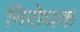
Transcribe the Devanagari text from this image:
निरोघक